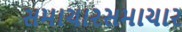
સમાચારસમાચાર